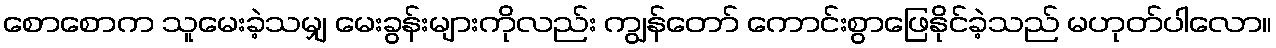
စောစောက သူမေးခဲ့သမျှ မေးခွန်းများကိုလည်း ကျွန်တော် ကောင်းစွာဖြေနိုင်ခဲ့သည် မဟုတ်ပါလော။